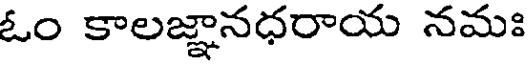
ఓం కాలజ్ఞానధరాయ నమః